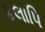
કલાપિ